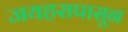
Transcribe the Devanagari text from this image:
जयहरापासून